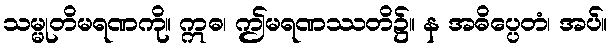
သမ္မုတိမရဏကို။ ဣဓ၊ ဤမရဏဿတိ၌။ န အဓိပ္ပေတံ၊ အပ်။